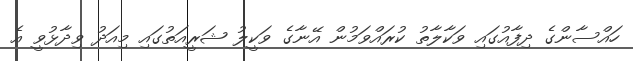
ހައްސާންގެ ދިފާއުގައި ވަކާލާތު ކުރައްވަމުން އޭނާގެ ވަކީލު ޝަރީއަތުގައި މިއަދު ވިދާޅުވީ އެ